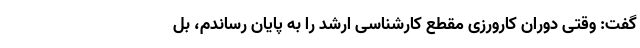
گفت: وقتی دوران کارورزی مقطع کارشناسی ارشد را به پایان رساندم، بل